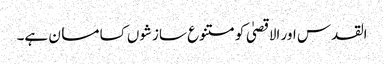
القدس اور الاقصیٰ کو متنوع سازشوں کسا مسان ہے۔